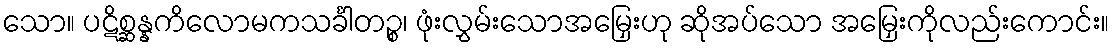
သော။ ပဋိစ္ဆန္နကိလောမကသင်္ခါတဉ္စ၊ ဖုံးလွှမ်းသောအမြှေးဟု ဆိုအပ်သော အမြှေးကိုလည်းကောင်း။